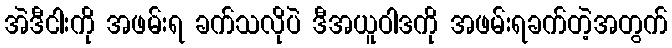
အဲဒီငါးကို အဖမ်းရ ခက်သလိုပဲ ဒီအယူဝါဒကို အဖမ်းရခက်တဲ့အတွက်